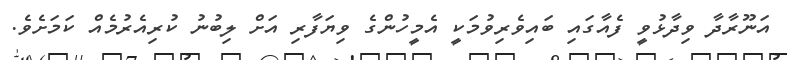
އަނޫރާދާ ވިދާޅުވީ ފެއާގައި ބައިވެރިވުމަކީ އެމީހުންގެ ވިޔަފާރި އަށް ލިބުނު ކުރިއެރުމެއް ކަމަށެވެ.